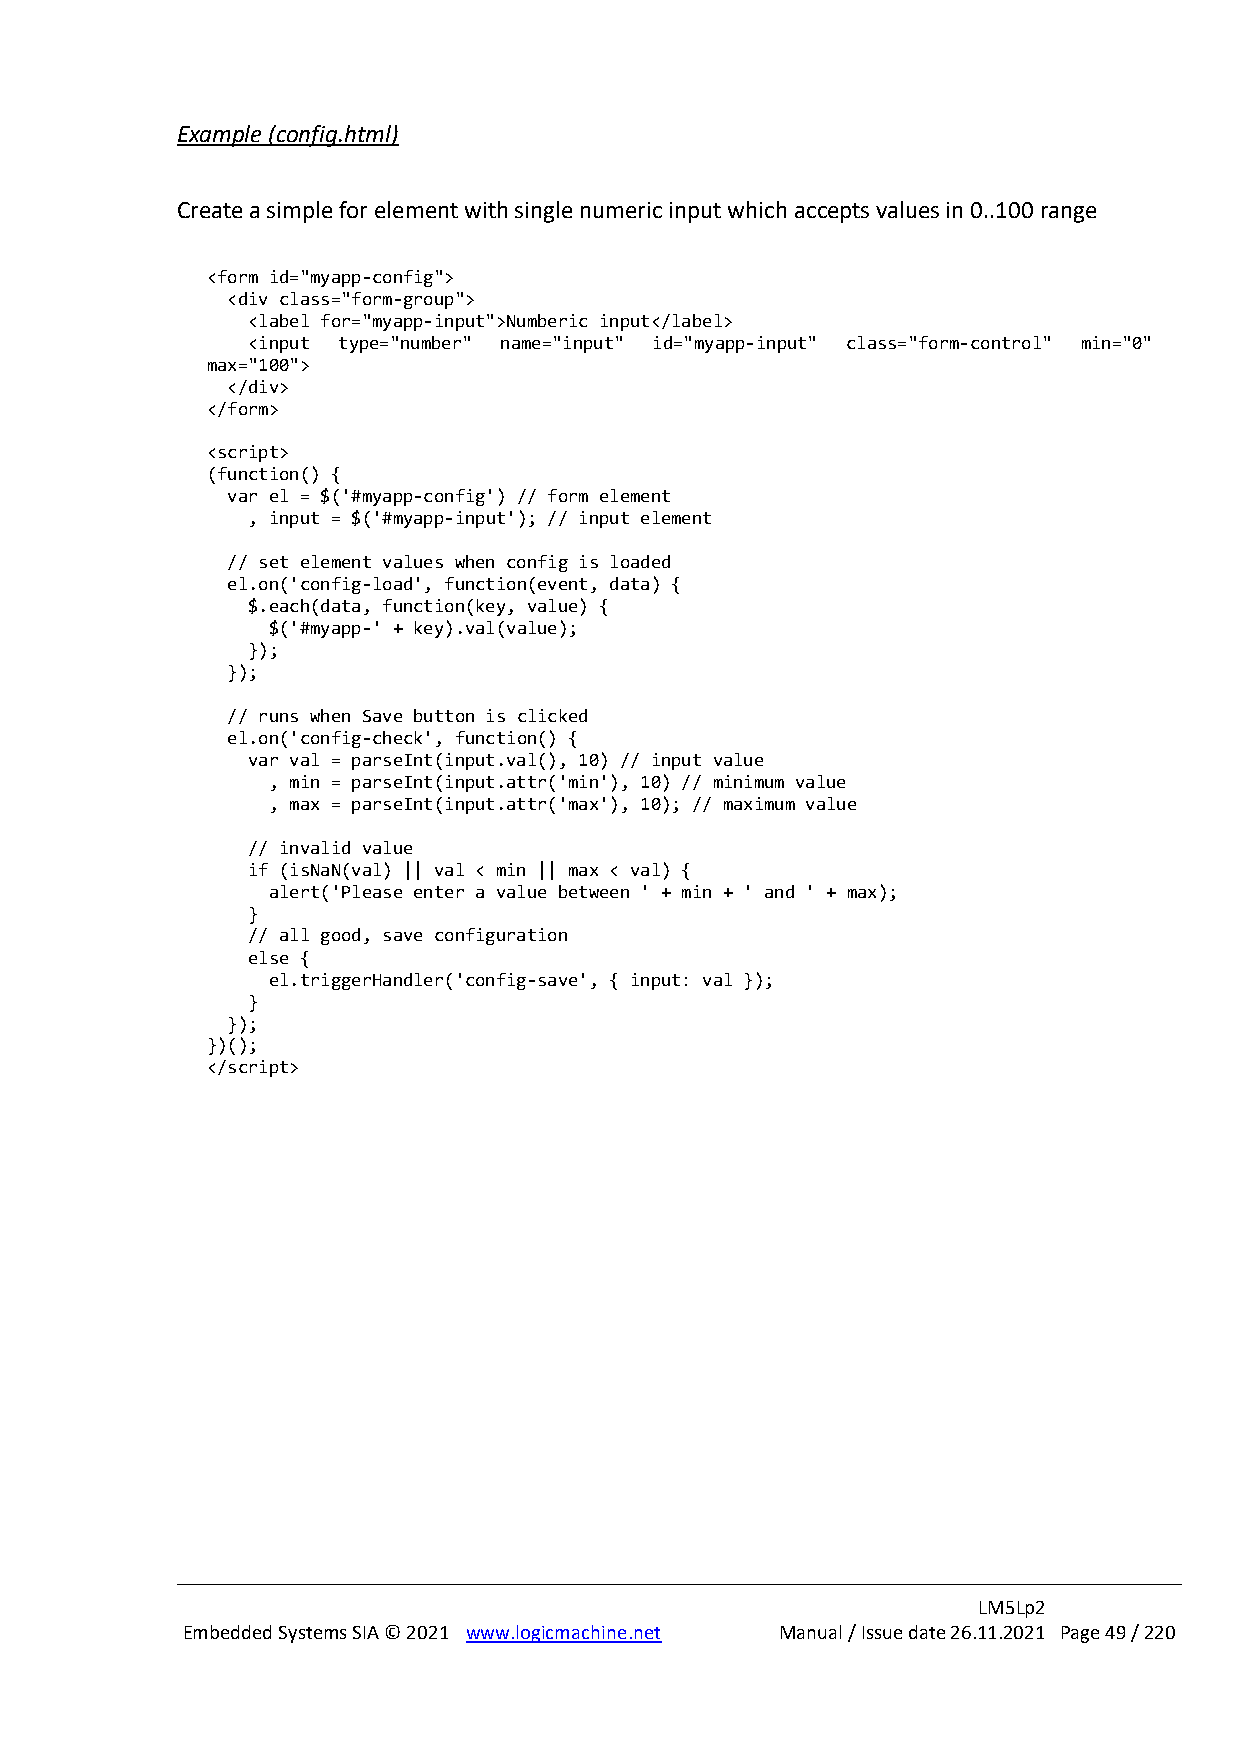
Example (config.html)
 Create a simple for element with single numeric input which accepts values in 0..100 range
 <form id="myapp-config">
 <div class="form-group">
 <label for="myapp-input">Numberic input</label>
 <input type="number" name="input" id="myapp-input" class="form-control" min="0"
 max="100">
 </div>
 </form>
 <script>
 (function() {
 var el = $('#myapp-config') // form element
 , input = $('#myapp-input'); // input element
 // set element values when config is loaded
 el.on('config-load', function(event, data) {
 $.each(data, function(key, value) {
 $('#myapp-' + key).val(value);
 });
 });
 // runs when Save button is clicked
 el.on('config-check', function() {
 var val = parseInt(input.val(), 10) // input value
 , min = parseInt(input.attr('min'), 10) // minimum value
 , max = parseInt(input.attr('max'), 10); // maximum value
 // invalid value
 if (isNaN(val) || val < min || max < val) {
 alert('Please enter a value between ' + min + ' and ' + max);
 }
 // all good, save configuration
 else {
 el.triggerHandler('config-save', { input: val });
 }
 });
 })();
 </script>
 LM5Lp2
 Embedded Systems SIA © 2021 www.logicmachine.net Manual / Issue date 26.11.2021 Page 49 / 220